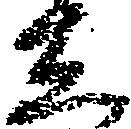
し